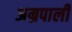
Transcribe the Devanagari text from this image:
अम्रपाली